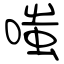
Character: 嗤